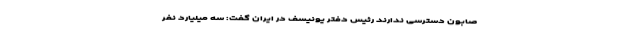
صابون دسترسی ندارند رئیس دفتر یونیسف در ایران گفت: سه میلیارد نفر